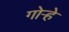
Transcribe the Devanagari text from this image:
गोऱ्हे